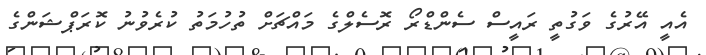
އެއީ އޭރުގެ ވަގުތީ ރައީސް ސެންޑްރޯ ރޮސެލްގެ މައްޗަށް ތުހުމަތު ކުރެވުނު ކޮރަޕްޝަންގެ